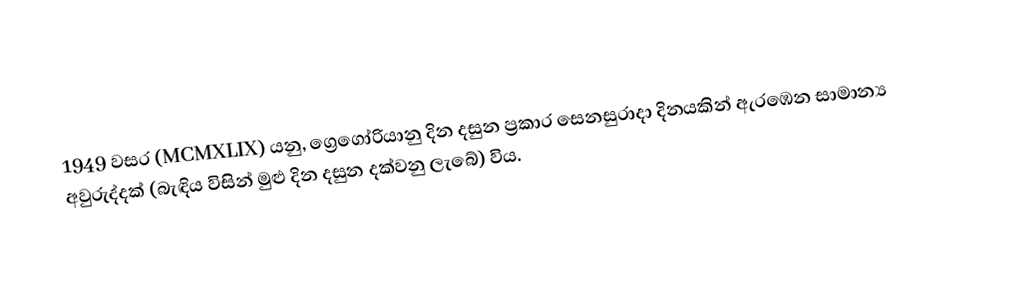

1949 වසර (MCMXLIX)  යනු, ග්‍රෙගෝරියානු දින දසුන ප්‍රකාර සෙනසුරාදා දිනයකින් ඇරඹෙන සාමාන්‍ය අවුරුද්දක් (බැඳිය විසින් මුළු දින දසුන දක්වනු ලැබේ) විය.